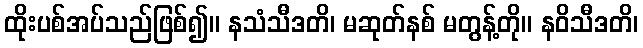
ထိုးပစ်အပ်သည်ဖြစ်၍။ နသံသီဒတိ၊ မဆုတ်နစ် မတွန့်တို။ နဝိသီဒတိ၊